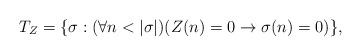
LaTeX: \begin{align*}T_{Z}=\{\sigma:(\forall n<|\sigma|)(Z(n)=0\to \sigma(n)=0)\},\end{align*}